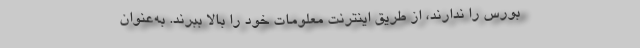
بورس را ندارند، از طریق اینترنت معلومات خود را بالا ببرند. به‌عنوان